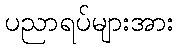
ပညာရပ်များအား